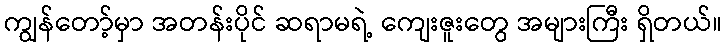
ကျွန်တော့်မှာ အတန်းပိုင် ဆရာမရဲ့ ကျေးဇူးတွေ အများကြီး ရှိတယ်။